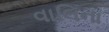
વાલિના